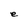
Character: e